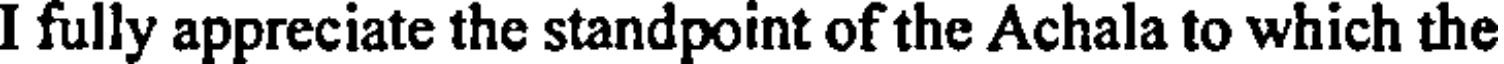
I fully appreciate the standpoint of the Achala to which the